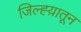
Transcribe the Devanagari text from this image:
जिल्ह्य़ातून